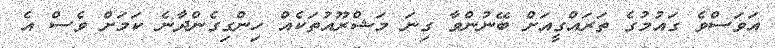
އަވަސްވެ ގައުމުގެ ތަރައްގީއަށް ބޭނުންވާ ގިނަ މަޝްރޫއުތަކެއް ހިންގިގެންދާނެ ކަމަށް ވެސް އެ